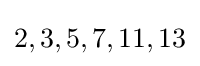
2,3,5,7,11,13